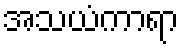
အသယံကာရာ